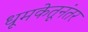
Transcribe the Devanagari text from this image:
धूमकेतूनंतर